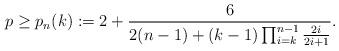
LaTeX: \begin{align*} p\ge p_n(k):= 2+\frac{6}{2(n-1)+(k-1)\prod_{i=k}^{n-1}\frac{2i}{2i+1}}.\end{align*}